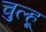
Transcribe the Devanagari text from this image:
चुल्हू